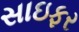
સાઇફર